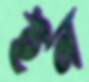
ইন